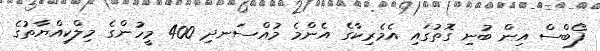
ފޯބްސް އިން ބުނި ގޮތުގައި އެމެރިކާގެ އެންމެ މުއްސަނދި 400 މީހުންގެ މިލްކިއްޔާތުގެ